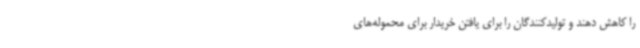
را کاهش دهند و تولیدکنندگان را برای یافتن خریدار برای محموله‌های